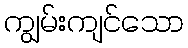
ကျွမ်းကျင်သော